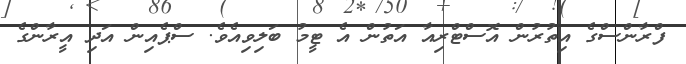
ފްރާންސްގެ އިތުރުން އޮސްޓްރިއާ އަތުން އެ ޓީމު ބަލިވިއެވެ. ސްޕެއިން އަދި އީރާންގެ